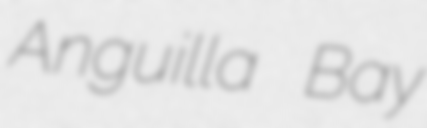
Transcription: Anguilla Bay